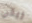
ريكي